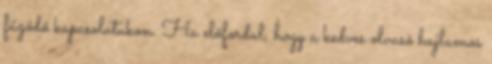
fűződő kapcsolatukon. Ha előfordul, hogy a kedves olvasó hajlamos